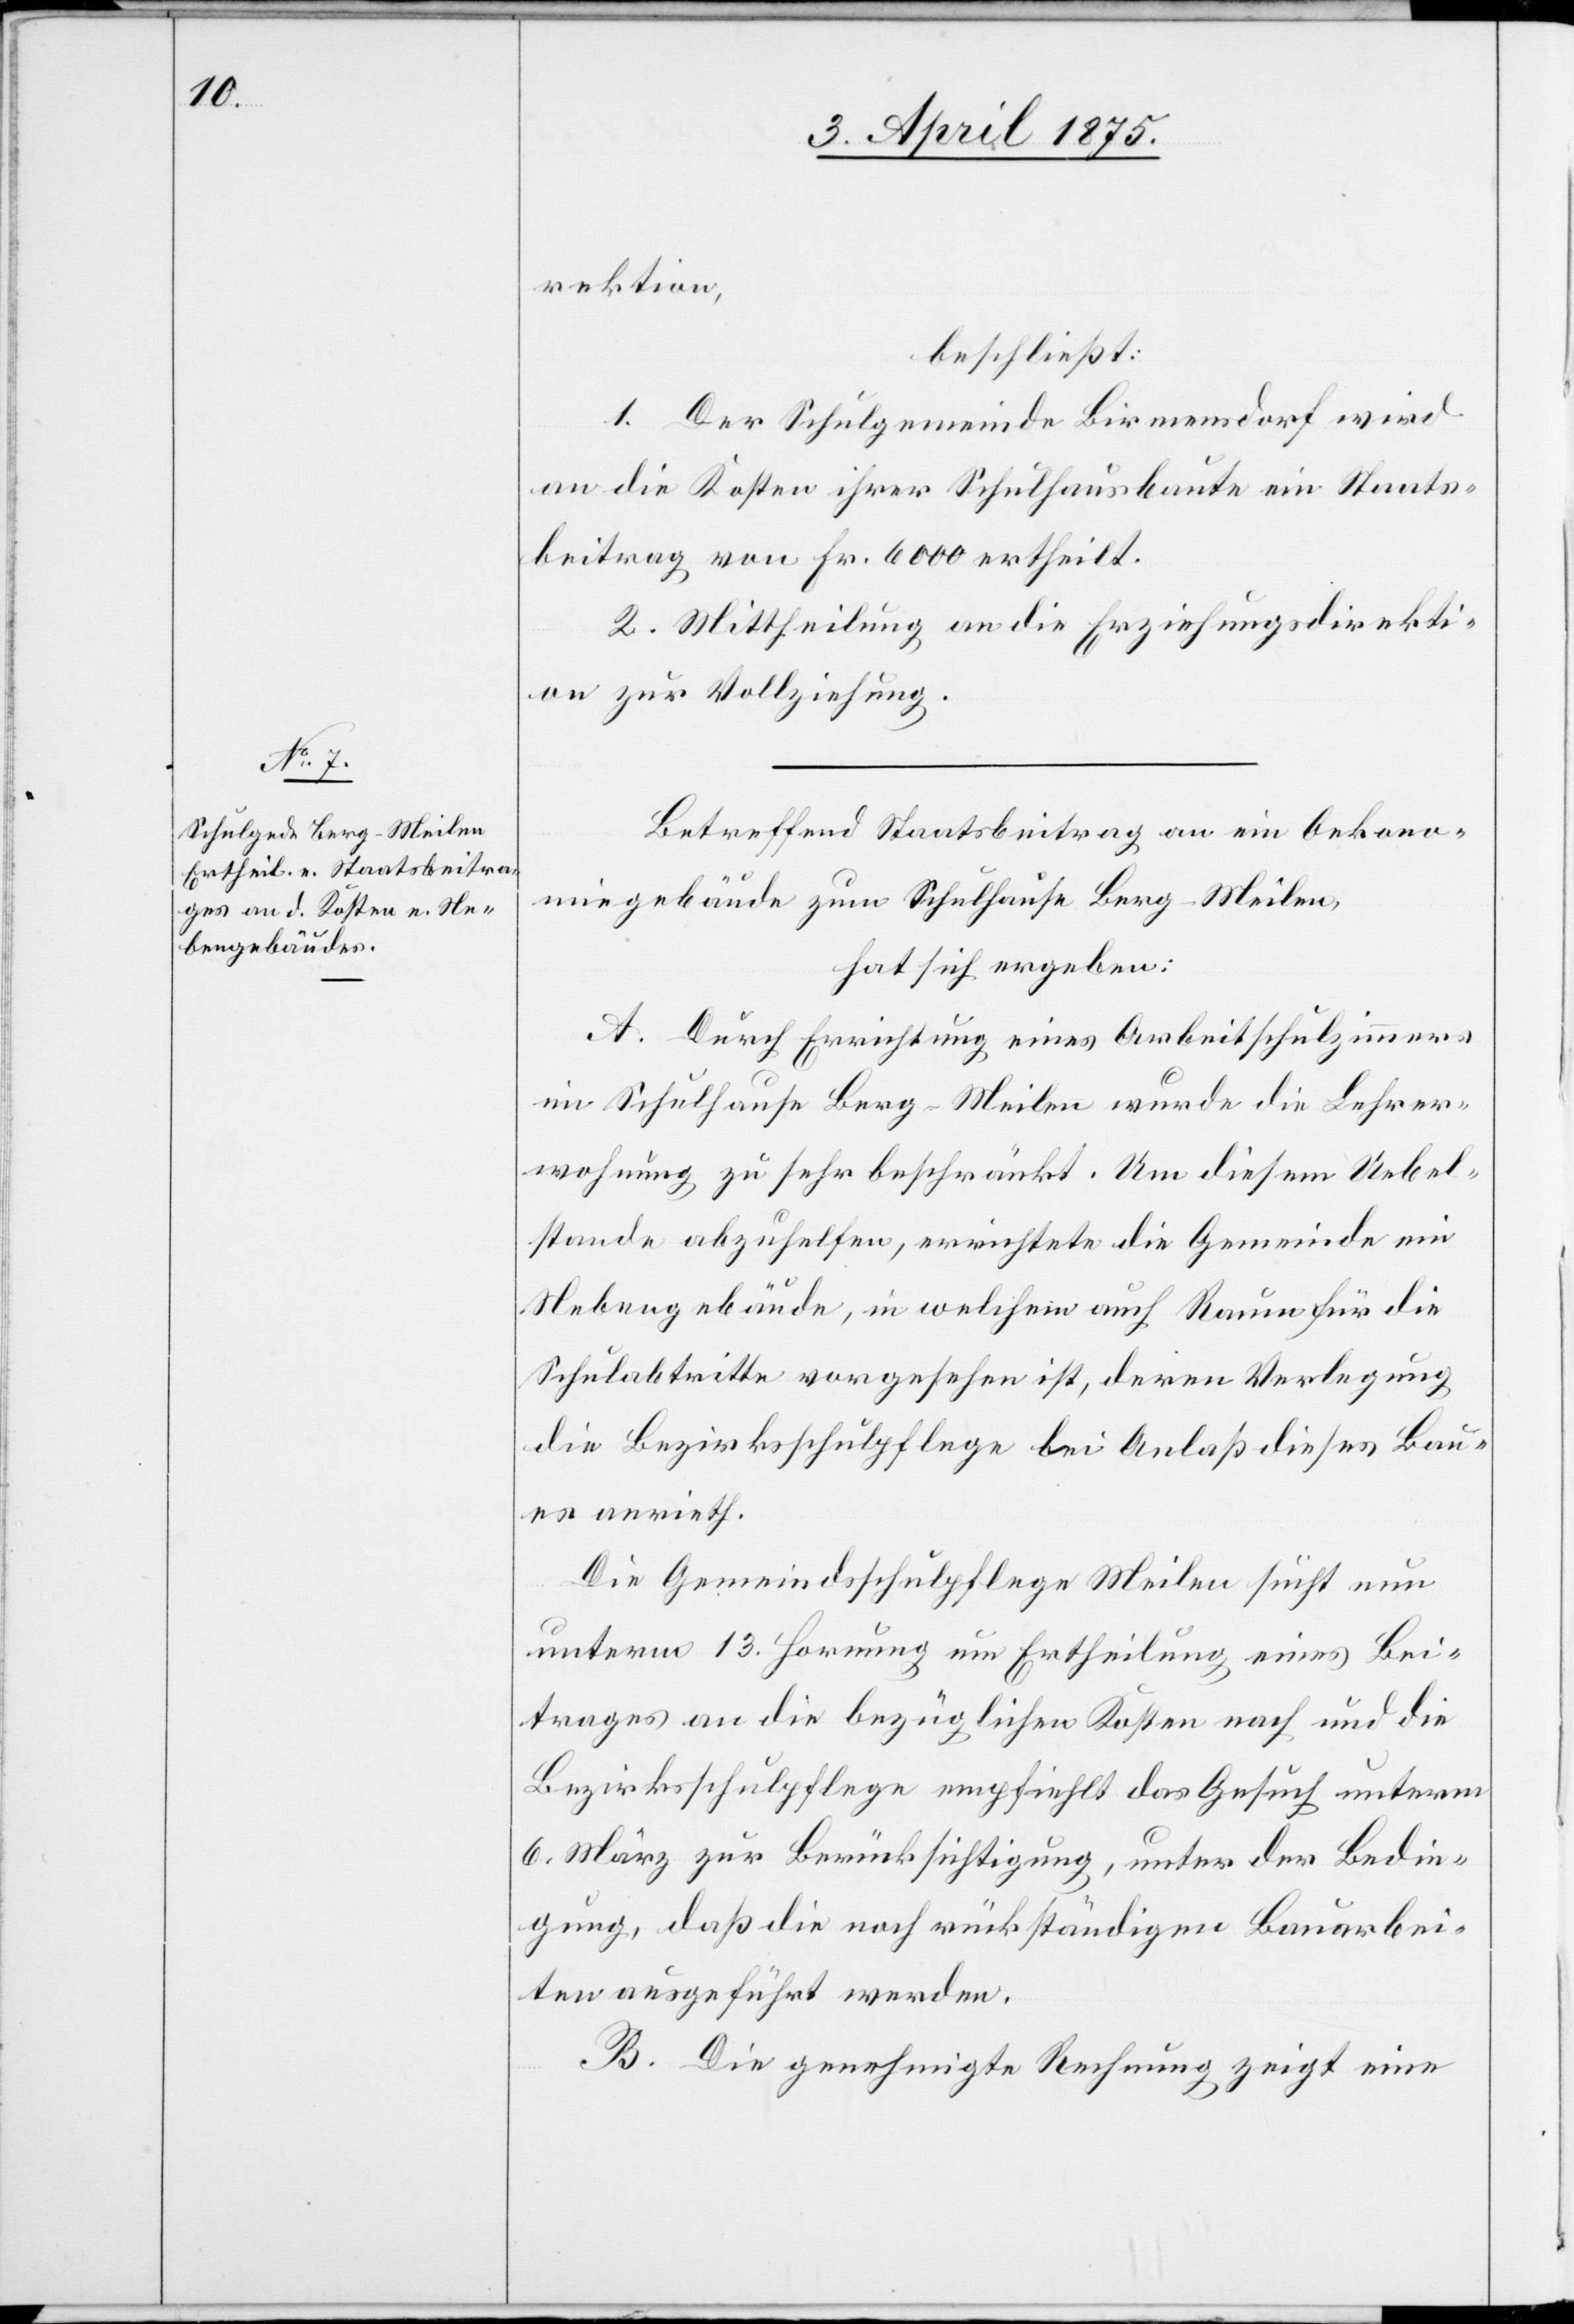
rektion,
beschließt:
1. Der Schulgemeinde Birmensdorf wird
an die Kosten ihrer Schulhausbaute ein Staats¬
beitrag von Fr. 6000 ertheilt.
2. Mittheilung an die Erziehungsdirekti¬
on zur Vollziehung.
Betreffend Staatsbeitrag an ein Oekono¬
miegebäude zum Schulhause Berg-Meilen,
hat sich ergeben:
A. Durch Errichtung eines Arbeitsschulzimmers
im Schulhause Berg-Meilen wurde die Lehrer¬
wohnung zu sehr beschränkt. Um diesem Uebel¬
stande abzuhelfen, errichte die Gemeinde ein
Nebengebäude, in welchem auch Raum für die
Schulabtritte vorgesehen ist, deren Verlegung
die Bezirksschulpflege bei Anlaß dieses Bau¬
es anrieth.
Die Gemeindesschulpflege Meilen sucht neu
unterm 13. Hornung um Ertheilung eines Bei¬
trages an die bezüglichen Kosten nach und die
Bezirksschulpflege empfiehlt das Gesuch unterm
6. März zur Berücksichtigung, unter der Bedin¬
gung, daß die noch rückständigen Bauarbei¬
ten ausgeführt werden.
B. Die genehmigte Rechnung zeigt eine